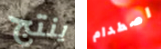
ينتج اصطدام